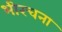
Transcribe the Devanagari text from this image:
भीरचना